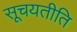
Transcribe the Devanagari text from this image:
सूचयतीति